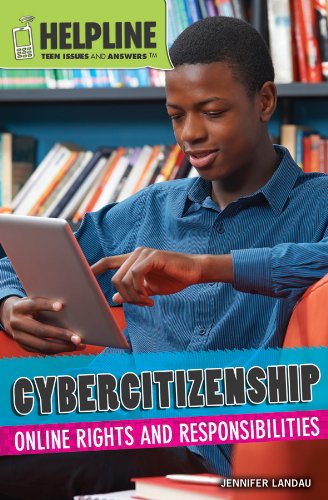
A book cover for Cybercitizenship: Online Rights and Responsibilities (Helpline: Teen Issues and Answers); Jennifer Landau; Teen & Young Adult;